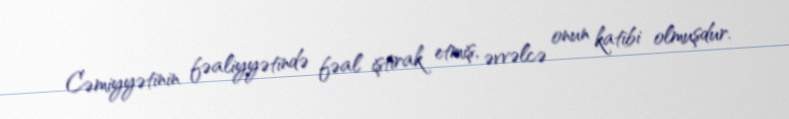
Cəmiyyətinin fəaliyyətində fəal iştirak etmiş, əvvəlcə onun katibi olmuşdur.